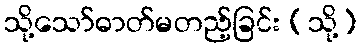
သို့သော်ဓာတ်မတည့်ခြင်း (သို့)